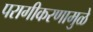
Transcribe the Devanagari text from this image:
परागीकरणामुळे